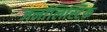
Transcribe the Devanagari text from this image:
जर्नालिस्टिक